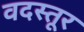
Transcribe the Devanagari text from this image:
वदस्तूर